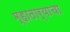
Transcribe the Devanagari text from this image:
म्हातार्‍याचा